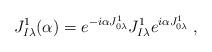
LaTeX: \begin{align*}J^1_{I\lambda} (\alpha)=e^{-i\alpha J^1_{0\lambda}} J^1_{I\lambda}e^{i\alpha J^1_{0\lambda}} \; ,\end{align*}